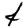
Digit: 4